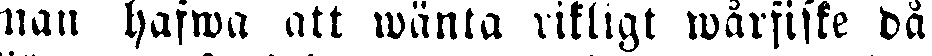
man hafwa att wänta riktigt wårfiske då